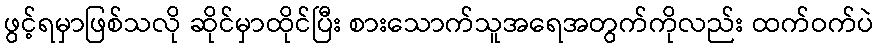
ဖွင့်ရမှာဖြစ်သလို ဆိုင်မှာထိုင်ပြီး စားသောက်သူအရေအတွက်ကိုလည်း ထက်ဝက်ပဲ